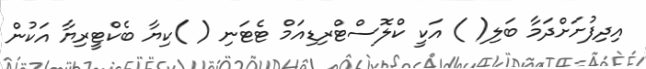
އިދިފުށަށްދަމާ ބަލި( ) އަކީ ކްލޮސްޓްރިޑިއަމް ޓެޓަނި ( )ކިޔާ ބެކްޓީރިޔާ އަކުން